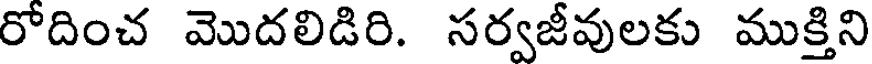
రోదించ మొదలిడిరి. సర్వజీవులకు ముక్తిని